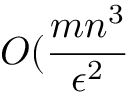
O ( \frac { m n ^ { 3 } } { \epsilon ^ { 2 } }